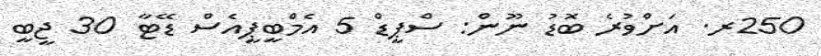
250ރ. އަށްވުރެ ބޮޑު ނޫން: ސްޕީޑް 5 އެމްބީޕީއެސް ޑޭޓާ 30 ޖީބީ